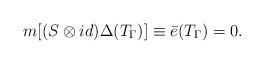
LaTeX: \begin{align*}m[(S\otimes id)\Delta(T_\Gamma)]\equiv\bar{e}(T_\Gamma)=0.\end{align*}